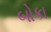
બોકા